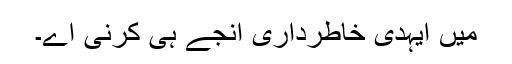
میں ایہدی خاطرداری انجے ہی کرنی اے۔